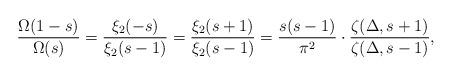
LaTeX: \begin{align*}\frac{\Omega(1-s)}{\Omega(s)} = \frac{\xi_2(-s)}{\xi_2(s-1)} = \frac{\xi_2(s+1)}{\xi_2(s-1)}= \frac{s(s-1)}{\pi^2} \cdot \frac{\zeta(\Delta,s+1)}{\zeta(\Delta, s-1)},\end{align*}